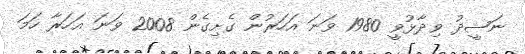
ނަޝީދު ވިދާޅުވީ 1980 ވަނަ އަހަރުން ގެށިގެން 2008 ވަނަ އަހަރާ ހަމަ